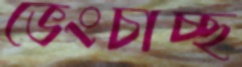
ভেংচাচ্ছ